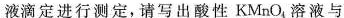
液滴定进行测定，请写出酸性KMnO_{4}，溶液与